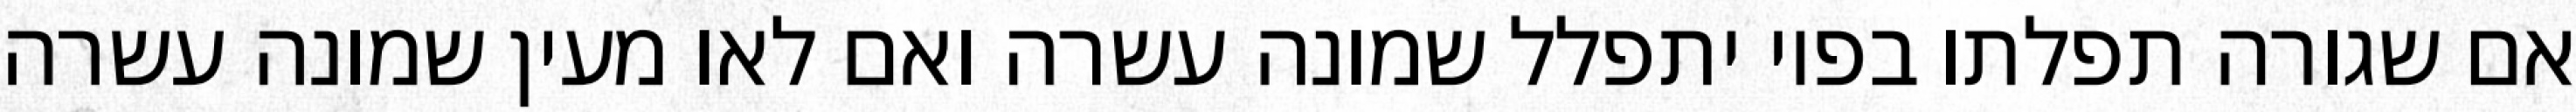
אם שגורה תפלתו בפיו יתפלל שמונה עשרה ואם לאו מעין שמונה עשרה